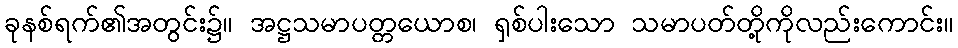
ခုနစ်ရက်၏အတွင်း၌။ အဋ္ဌသမာပတ္တယောစ၊ ရှစ်ပါးသော သမာပတ်တို့ကိုလည်းကောင်း။